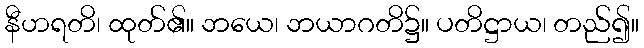
နီဟရတိ၊ ထုတ်၏။ ဘယေ၊ ဘယာဂတိ၌။ ပတိဋ္ဌာယ၊ တည်၍။